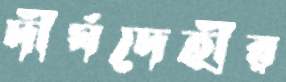
দীর্ঘদেহীর